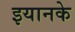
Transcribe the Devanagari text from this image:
इयानके